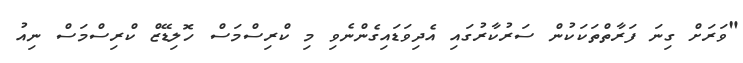
"ވަރަށް ގިނަ ފަރާތްތަކަކުން ސަރުކާރުގައި އެދިވަޑައިގެންނެވި މި ކްރިސްމަސް ހޮލިޑޭޒް ކްރިސްމަސް ނިއު